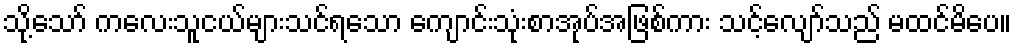
သို့သော် ကလေးသူငယ်များသင်ရသော ကျောင်းသုံးစာအုပ်အဖြစ်ကား သင့်လျော်သည် မထင်မိပေ။